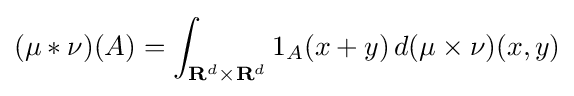
(\mu *\nu )(A)=\int _{\mathbf {R} ^{d}\times \mathbf {R} ^{d}}1_{A}(x+y)\,d(\mu \times \nu )(x,y)